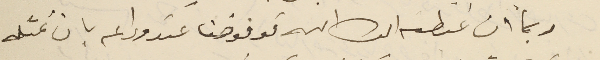
وبما ان غبطته ايده الله فوفوضنا عند وداعه بان نمثله